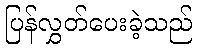
ပြန်လွှတ်ပေးခဲ့သည်